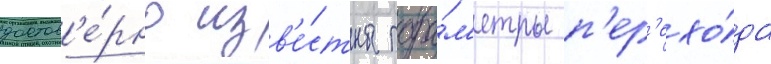
достов'е́рно изв'е́стны пара́м'етры п'ер'ехо́да